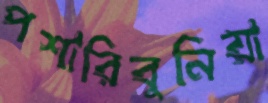
পশারিবুনিয়া